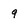
Character: 9